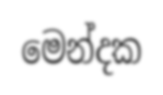
මෙන්දක